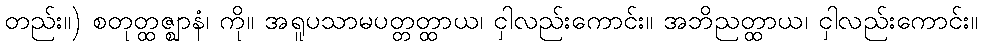
တည်း။) စတုတ္ထဇ္ဈာနံ၊ ကို။ အရူပသာမပတ္တတ္ထာယ၊ ငှါလည်းကောင်း။ အဘိညတ္ထာယ၊ ငှါလည်းကောင်း။